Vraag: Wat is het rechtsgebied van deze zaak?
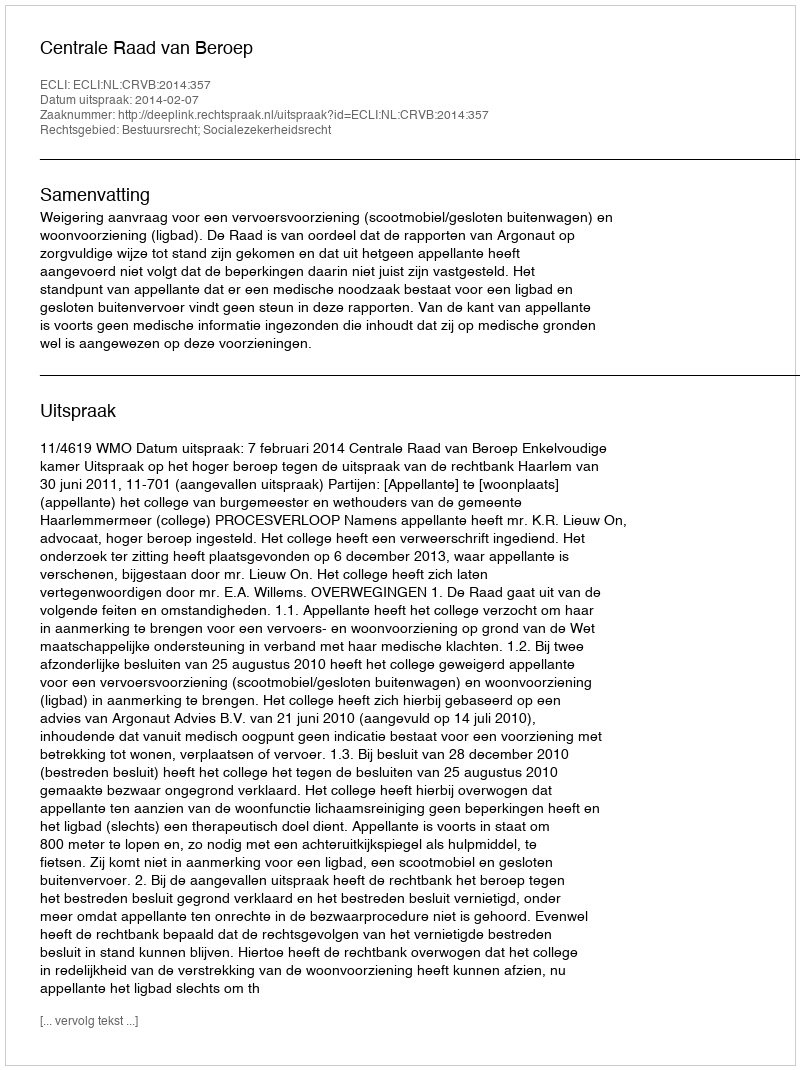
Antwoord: Bestuursrecht; Socialezekerheidsrecht